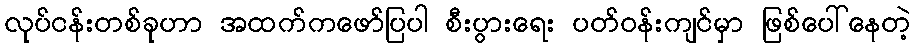
လုပ်ငန်းတစ်ခုဟာ အထက်ကဖော်ပြပါ စီးပွားရေး ပတ်ဝန်းကျင်မှာ ဖြစ်ပေါ်နေတဲ့